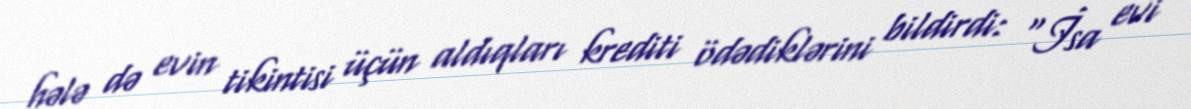
hələ də evin tikintisi üçün aldıqları krediti ödədiklərini bildirdi: “İsa evi